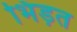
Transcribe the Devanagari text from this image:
भिंड़त